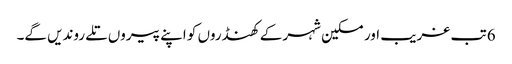
6 تب غریب اور مسکین شہر کے کھنڈروں کو اپنے پیروں تلے روندیں گے۔